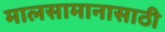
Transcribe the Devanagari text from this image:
मालसामानासाठी